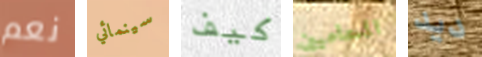
نعم سينمائي كيف المحاميين ديد